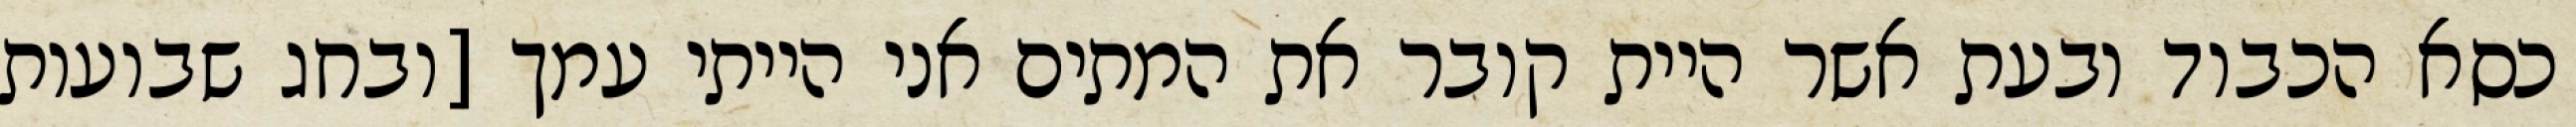
כסא הכבוד ובעת אשר היית קובר את המתים אני הייתי עמך [ובחג שבועות